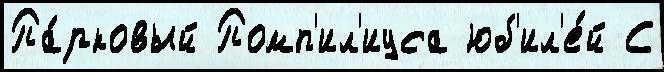
Па́рковый Помп'ил'иуса юб'ил'е́й С